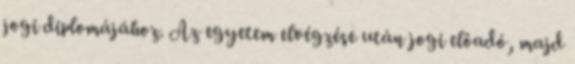
jogi diplomájához. Az egyetem elvégzése után jogi elôadó, majd